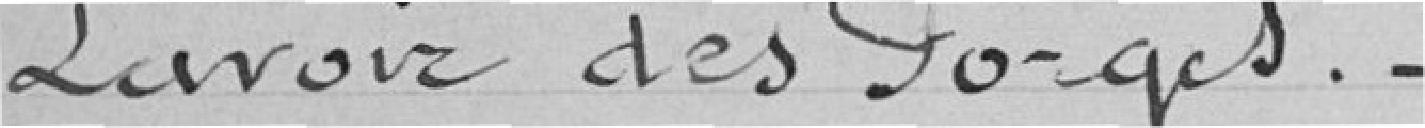
Lavoir des FORGES